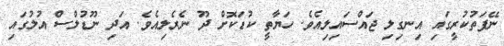
ނޭފަތުކުރީގައި އިނގިލި ޖައްސައިލިއެވެ. ހަޔާތީ ކުޑަކޮށް ދޫ ނެރެލިއެވެ. އަދި ނޫޑުލްސް އުލުގައި